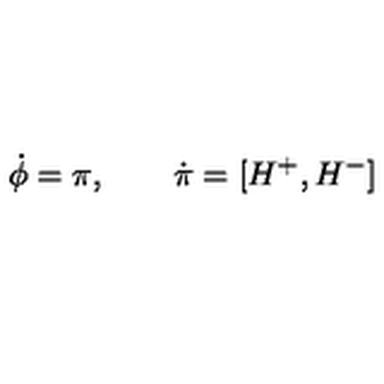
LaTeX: \dot { \phi } = \pi , \qquad \dot { \pi } = [ H ^ { + } , H ^ { - } ]